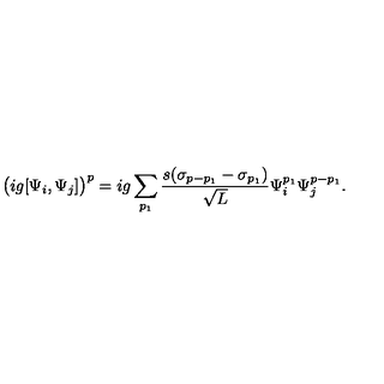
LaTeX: \big ( i g [ \Psi _ { i } , \Psi _ { j } ] \big ) ^ { p } = i g \sum _ { p _ { 1 } } \frac { s ( \sigma _ { p - p _ { 1 } } - \sigma _ { p _ { 1 } } ) } { \sqrt { L } } \Psi _ { i } ^ { p _ { 1 } } \Psi _ { j } ^ { p - p _ { 1 } } .